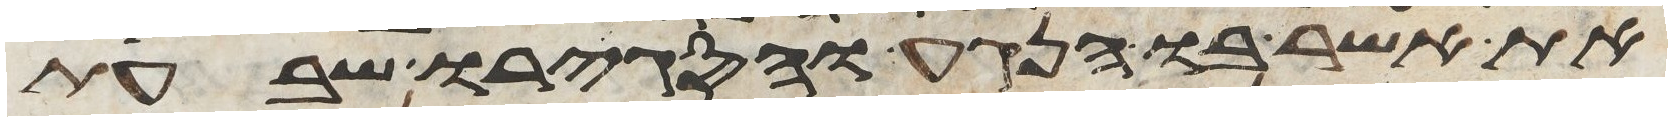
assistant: את אשר בו הנגע והסגירו שבעת